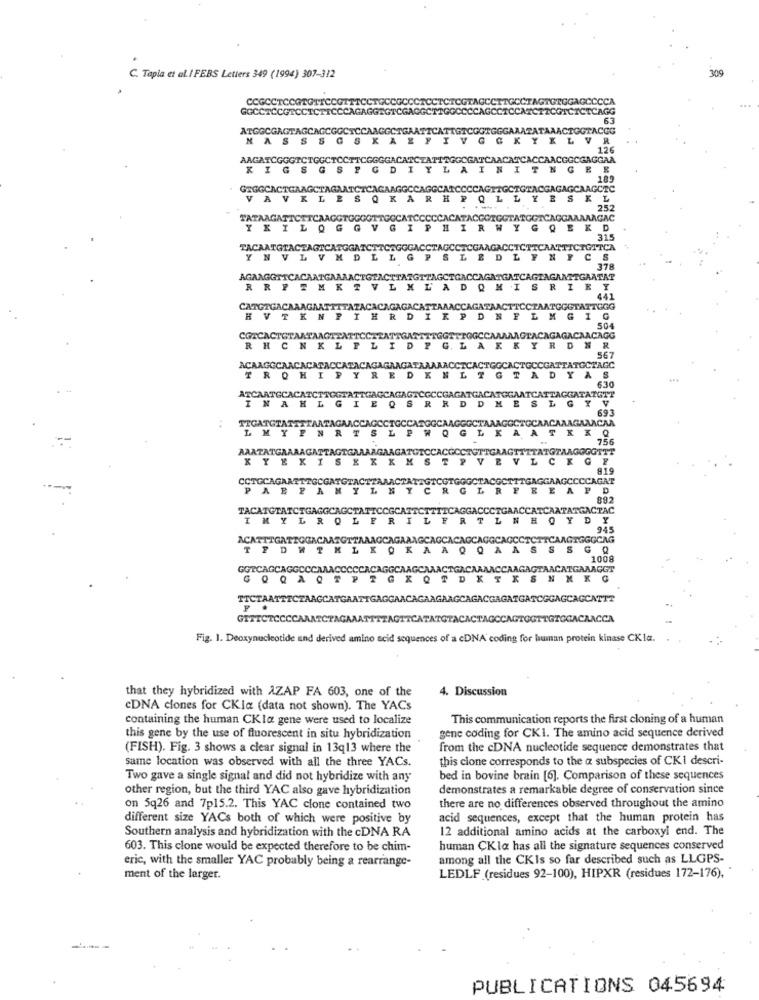
309
C. Tapia et al. I FEBS Letters 349 (1994) 307-312
CCGCCTCCGTGTTCCGITTC
CTGCCCCCC
GTGGAGCCCCA
GGCCTCCGTCCICTICCCAGAGGEG
GAGO
TOGTCICTCAGG
63
ATGGCGAGTAGCAGCGGC
CAAGGCTGAAT
LAACTGGTACCG
NASS
XLV
R
126
AAGATCGGGTCTGGCTCC
GGACATCT
LACGGCGAGGAA
KIGS
S
DI
LAIN
NG
189
GEGGCACTGAAGCTAG
VAVKL
252
TATAAGATTCTICAAGGTGGG
LAGAC
YXILQ
D
315
TACAATGTACTAGICATG
GITCA
YNV
AGAAGGTICA
RRFEMKT
CATGIGACAA
CATGIGACARAGAATHITAP
CAGATAACTICCTAATGGGTATTGGG
HVTKN
R
P
DNFLMGIG
504
PGGCCAAMAAGTACAGAGACAACAGG
RHCNKL
LID
LAKKYRONR
AX
R
567
ACAAGGCAACACATACCATACAGAGAAGAT
TCACTGGCACTGCCGATTATGCTAGC
TROHIPYRED
TGTADY
630
ATCAATGCACATCTTOGTATTGAGCAGAGICGCCG
ODNESLGYV
ATGGAATCATTAGGATATGT?
INAHLGIEQ
693
..
GOCTAAAGGCTGCAACARAGARACAA
TIGATGTATTT
LMYIN
CCAGOCTGCC
756
AAATATGRAAAGATTAGTGRAARGAAGAT
GAAGTTITATGTAAGGGGTTT
KYEXISEXXX
EVLCKGY
919
CCTOCAGARETTGCGA
CGCTTTGAGGAAGCCCCAGAT
PABP
RFBEAPD
892
TACATGTATCTGAGG
CTGAACCATCAATATGACTAC
IMYLROL
LNHOYDY
945
ACATTTGATIGGACAATGITA
AGAR
GCAGCCTCTTCAAGTGGGCAG
TFDHTMLKOK
A
AASSSGQ
1008
GGTCAGCAGGCCCMALACCCCCRCAGGCAAGCA
ACCAAGAGTAACATGAAAGGT
GQ Q AQ TP TG K Q TD K TX SN N KG
TTCTAATTTCTAAGCATGAATTGAGGAACAGAAGAAGCAGACGAGATGATOGGAGCAGCATTT
GITTCTCCCCAAATCTAGAAATTTTAGITCATATGTACACTAGCCAGTOGTTGTCCACAACCA
Fig. 1. Deoxynucleotide and derived amino acid sequences of a cDNA coding for human protein kinase CKla.
that they hybridized with AZAP FA 603, one of the
4. Discussion
CDNA ciones for CKia (data not shown). The YACs
containing the human CKla gene were used to localize
This communication reports the first cloning of a human
gene coding for CKI. The amino acid sequence derived
this gene by the use of fluorescent in situ hybridization
(FISH). Fig. 3 shows a clear signal in 13q13 where the
from the cDNA nucleotide sequence demonstrates that
same location was observed with all the three YACs.
this clone corresponds to the a subspecies of CKI descri-
Two gave a single signal and did not hybridize with any
bed in bovine brain [6]. Comparison of these sequences
other region, but the third YAC also gave hybridization
demonstrates a remarkable degree of conservation since
on 5q26 and 7p15.2. This YAC clone contained two
there are no differences observed throughout the amino
different size YACs both of which were positive by
acid sequences, except that the human protein has
Southern analysis and hybridization with the cDNA RA
12 additional amino acids at the carboxyl end. The
603. This clone would be expected therefore to be chim-
human CKla has all the signature sequences conserved
eric, with the smaller YAC probably being a rearrange-
among all the CKIs so far described such as LLGPS-
ment of the larger.
LEDLF (residues 92-100), HIPXR (residues 172-176),
PUBLICATIONS 045694